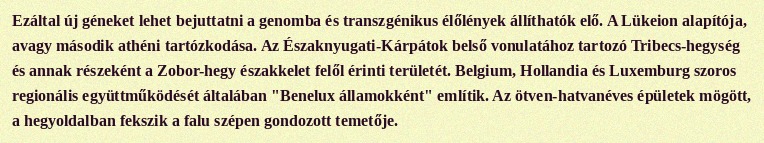
Ezáltal új géneket lehet bejuttatni a genomba és transzgénikus élőlények állíthatók elő. A Lükeion alapítója, avagy második athéni tartózkodása. Az Északnyugati-Kárpátok belső vonulatához tartozó Tribecs-hegység és annak részeként a Zobor-hegy északkelet felől érinti területét. Belgium, Hollandia és Luxemburg szoros regionális együttműködését általában "Benelux államokként" említik. Az ötven-hatvanéves épületek mögött, a hegyoldalban fekszik a falu szépen gondozott temetője.